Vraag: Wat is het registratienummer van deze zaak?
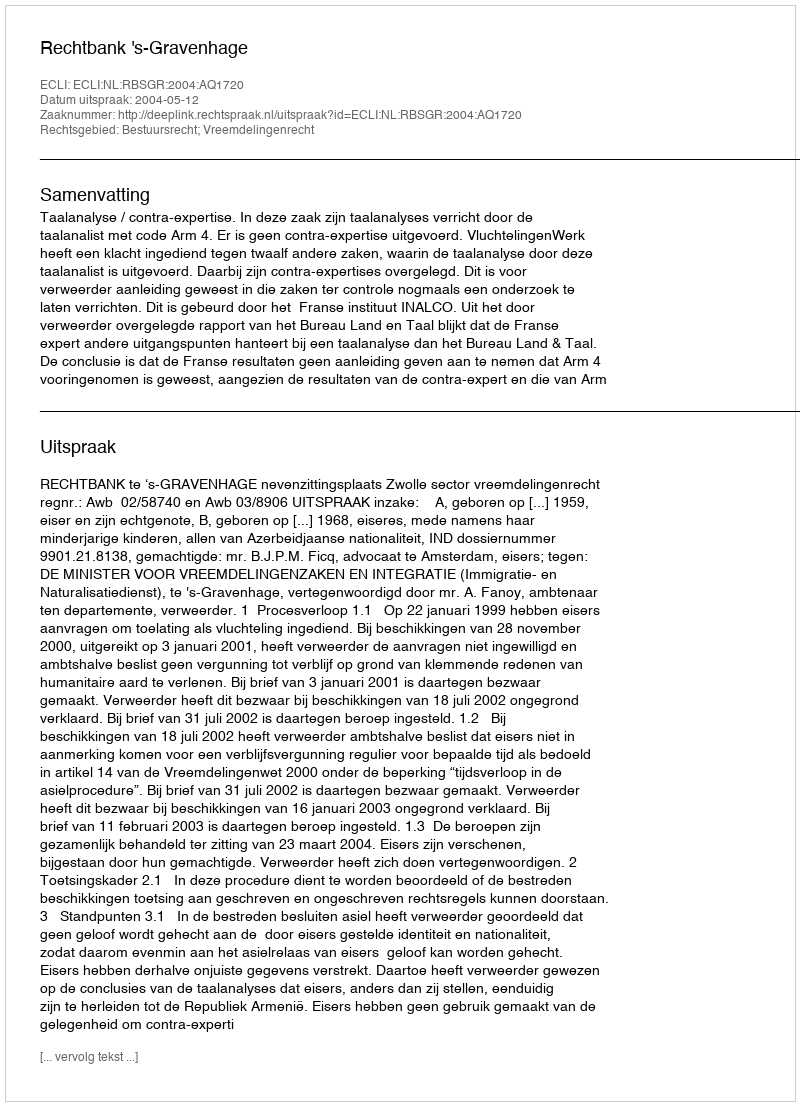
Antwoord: http://deeplink.rechtspraak.nl/uitspraak?id=ECLI:NL:RBSGR:2004:AQ1720